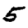
Digit: 5